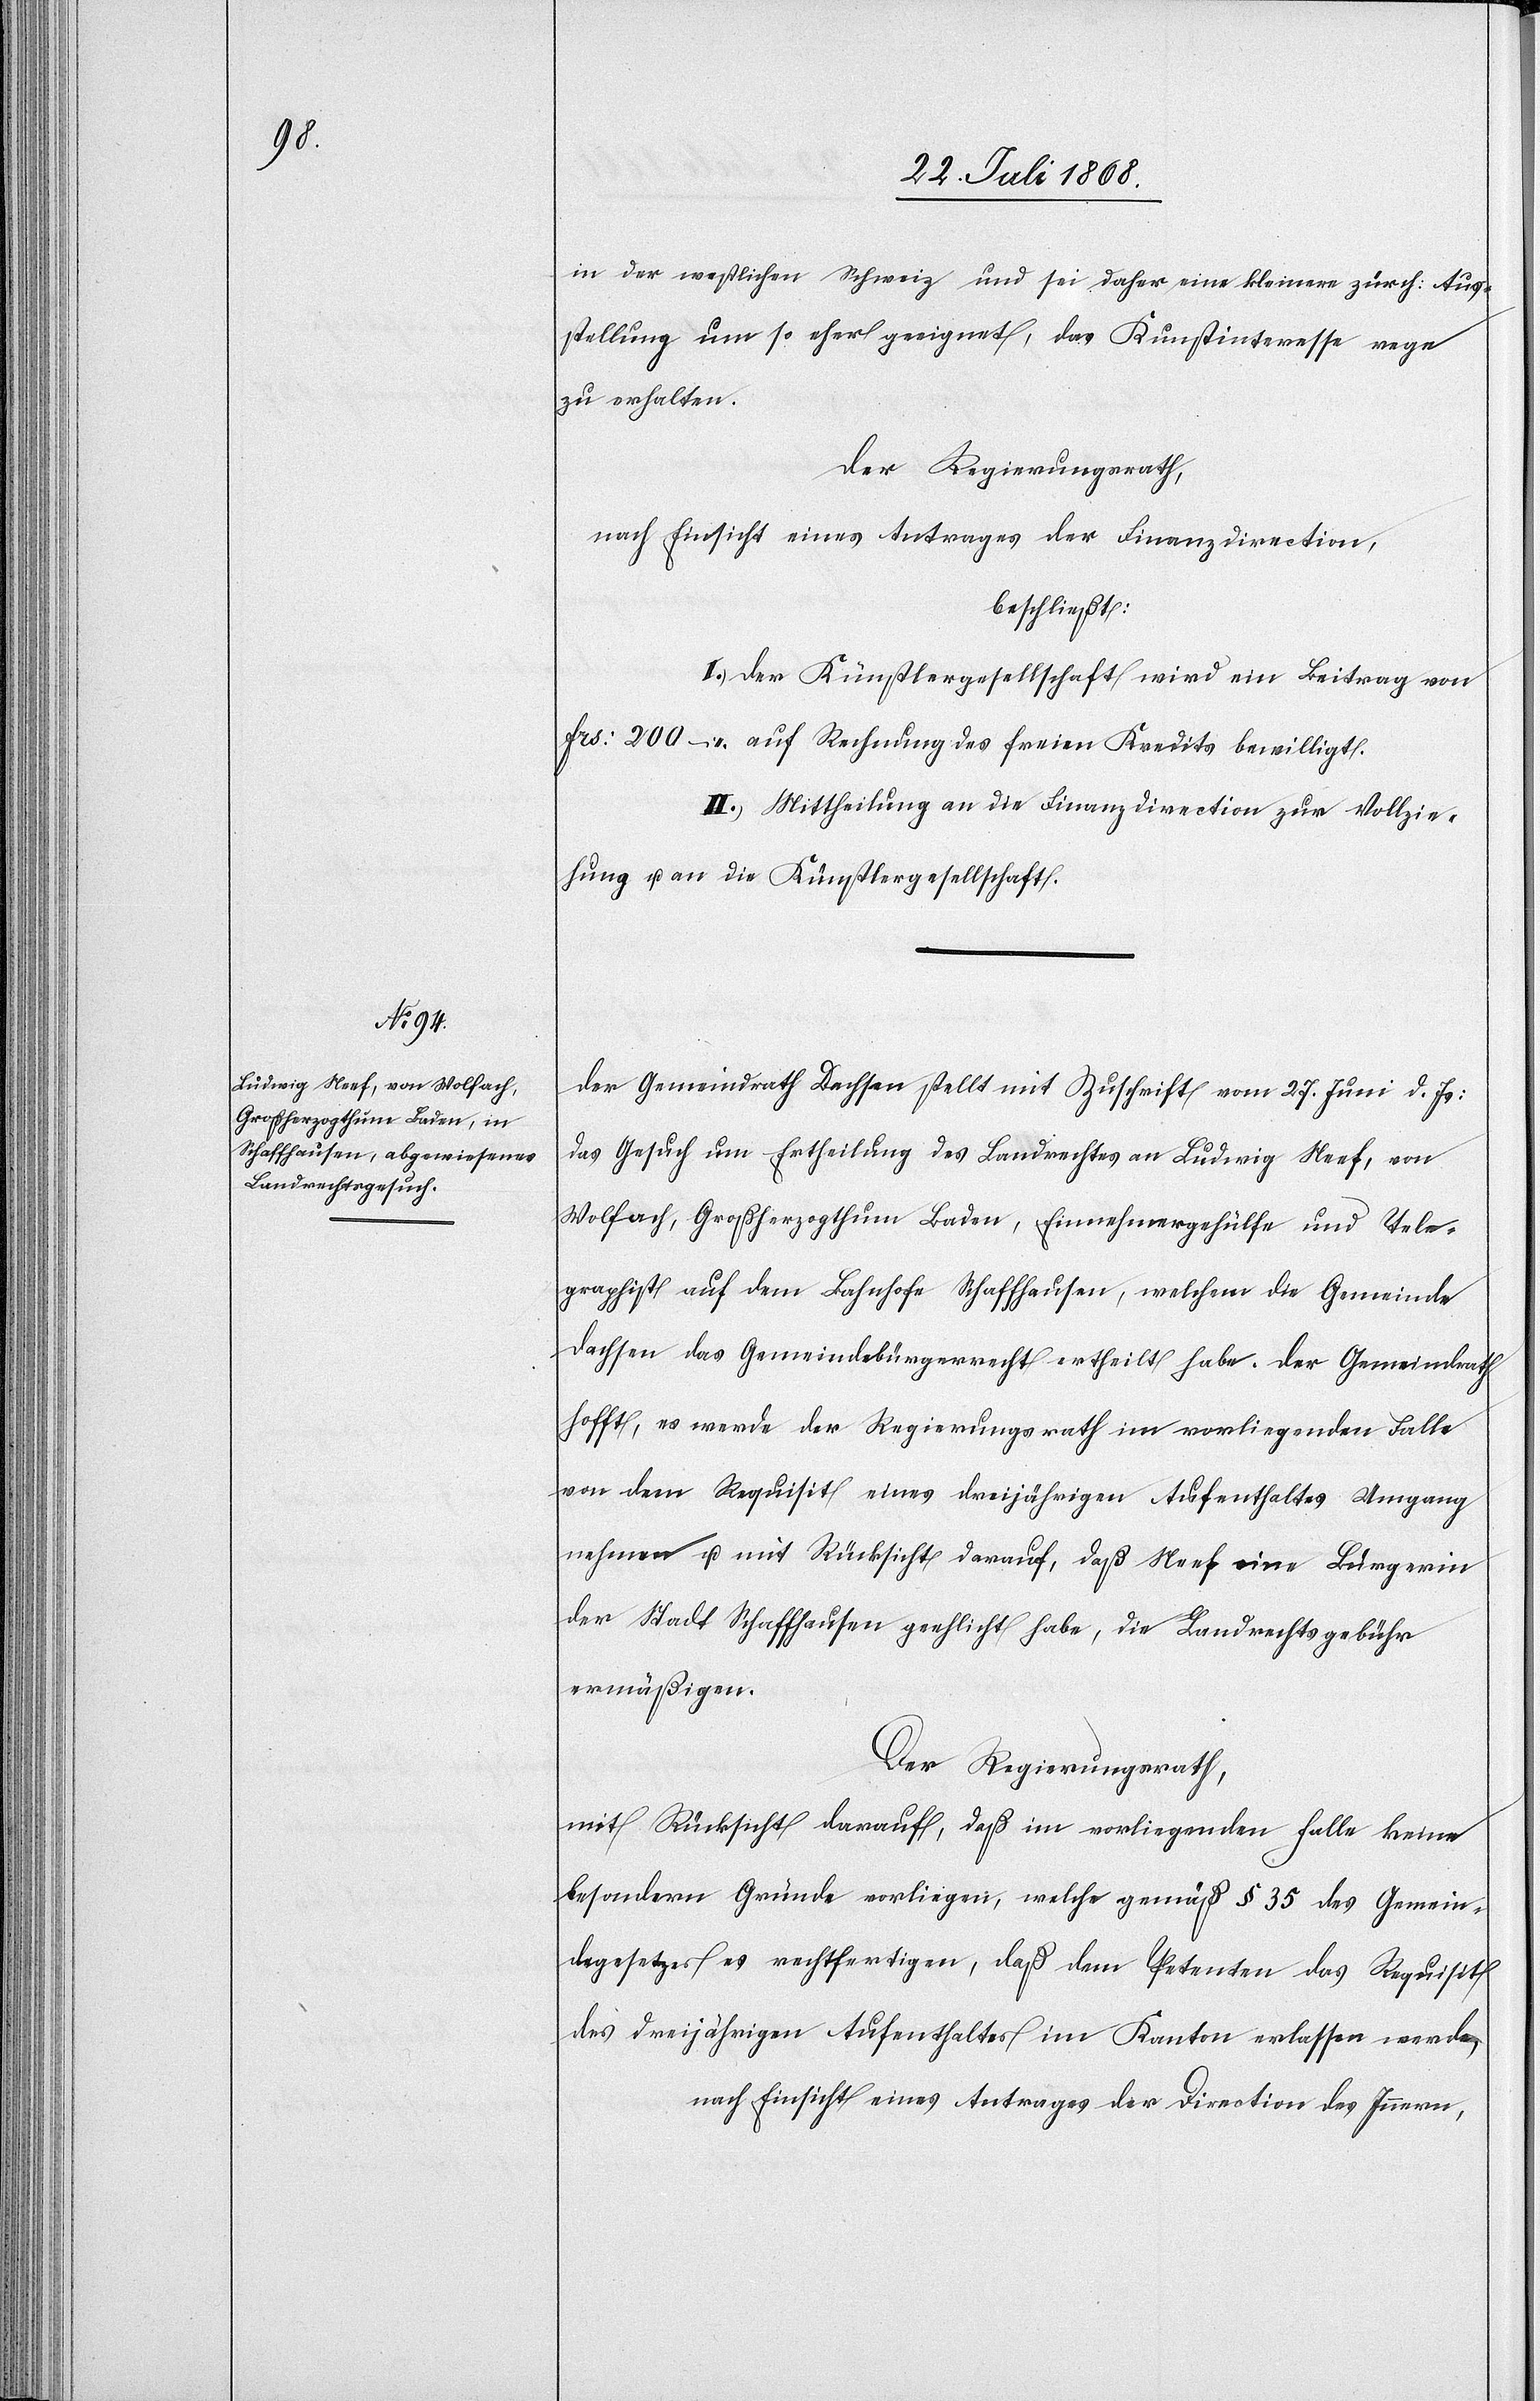
in der westlichen Schweiz und sei daher eine kleinere zürch: Aus¬
stellung um so eher geeignet, das Kunstinteresse rege
zu erhalten.
Der Regierungsrath,
nach Einsicht eines Antrages der Finanzdirection,
beschließt:
I.) Der Künstlergesellschaft wird ein Beitrag von
Frs: 200 – auf Rechnung des freien Kredits bewilligt.
II.) Mittheilung an die Finanzdirection zur Vollzie¬
hung u. an die Künstlergesellschaft.
Der Gemeindrath Dachsen stellt mit Zuschrift vom 27. Juni d. Js:
das Gesuch um Ertheilung des Landrechtes an Ludwig Neef, von
Wolfach, Großherzogthum Baden, Einnehmergehülfe und Tele¬
graphist auf dem Bahnhofe Schaffhausen, welchem die Gemeinde
Dachsen das Gemeindebürgerrecht ertheilt habe. Der Gemeindrath
hofft, es werde der Regierungsrath im vorliegenden Falle
von dem Requisit eines dreijährigen Aufenthaltes Umgang
nehmen u. mit Rücksicht darauf, daß Neef eine Bürgerin
der Stadt Schaffhausen geehlicht habe, die Landrechtsgebühr
ermäßigen.
Der Regierungsrath,
mit Rücksicht darauf, daß im vorliegenden Falle keine
besondern Gründe vorliegen, welche gemäß § 35 des Gemein¬
degesetzes es rechtfertigen, daß dem Petenten das Requisit
des dreijährigen Aufenthaltes im Kanton erlassen werde,
nach Einsicht eines Antrages der Direction des Innern,